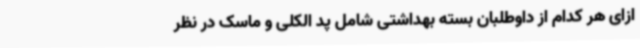
ازای هر کدام از داوطلبان بسته بهداشتی شامل پد الکلی و ماسک در نظر